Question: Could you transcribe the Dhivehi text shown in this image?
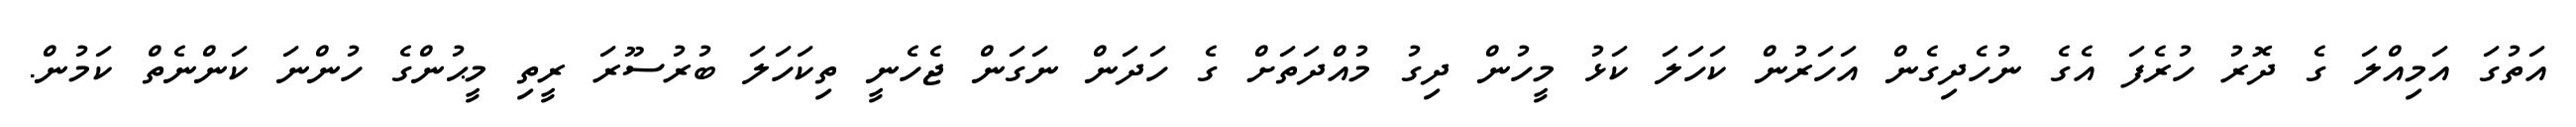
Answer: އަތުގަ އަމިއްލަ ގެ ދޮރު ހުރެފަ އެގެ ނުހެދިގެން އަހަރުން ކަހަލަ ކަޅު މީހުން ދިގު މުއްދަތަށް ގެ ހަދަން ނަގަން ޖެހެނީ ތިކަހަލަ ބުރުސޫރަ ރީތި މީޙުންގެ ހުންނަ ކަންނެތް ކަމުން.